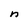
Character: n